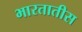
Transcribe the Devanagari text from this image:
भारतातीस